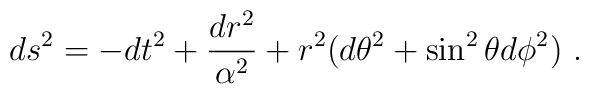
ds^2=-d t^2+\frac{dr^2}{\alpha^2}+r^2(d\theta^2+\sin^2\theta d\phi^2) \ .